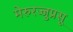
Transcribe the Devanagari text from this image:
मेरुरज्जुप्रसू